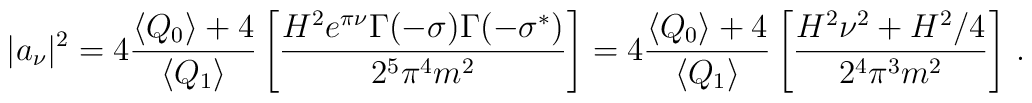
\vert a_{\nu}\vert^{2}=4\frac{\langle Q_0 \rangle+4 }{\langle Q_1\rangle}\left[ \frac{H^2 e^{\pi\nu}\Gamma(-\sigma)\Gamma(-\sigma^{*})}{2^5\pi^4m^2}\right]=4\frac{\langle Q_0\rangle+4 }{\langle Q_1 \rangle}\left[\frac{H^2\nu^{2}+H^{2}/4}{2^4\pi^3m^2}\right]\,.